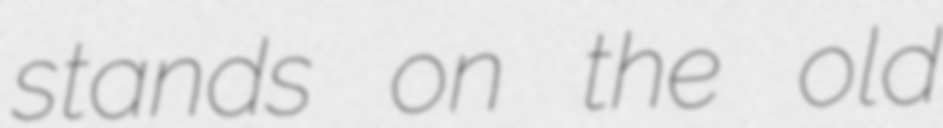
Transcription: stands on the old